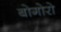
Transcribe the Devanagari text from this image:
बोगोरो